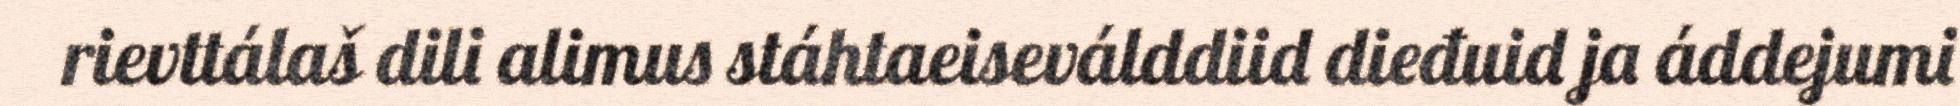
rievttálaš dili alimus stáhtaeiseválddiid dieđuid ja áddejumi